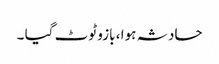
حادثہ ہوا ، بازو ٹوٹ گیا ۔